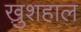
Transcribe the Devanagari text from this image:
खु़शहाल